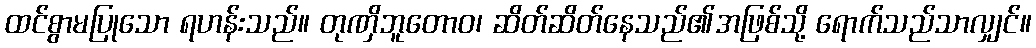
ထင်စွာမပြုသော ရဟန်းသည်။ တုဏှိဘူတောဝ၊ ဆိတ်ဆိတ်နေသည်၏အဖြစ်သို့ ရောက်သည်သာလျှင်။